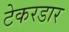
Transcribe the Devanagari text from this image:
टेकरडार